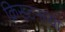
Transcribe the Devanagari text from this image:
क्रिख्टनच्या